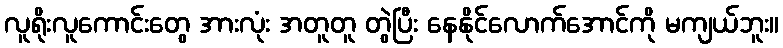
လူရိုးလူကောင်းတွေ အားလုံး အတူတူ တွဲပြီး နေနိုင်လောက်အောင်ကို မကျယ်ဘူး။